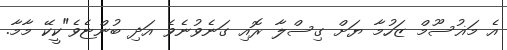
އެ މަޣުސޫމް ޒަހުމާ ޔަށް ގިސްލާ ރޮއި ގަނެވުނެވެ އަދި ބުންޏެވެ"ކީކޭ މާމާ.